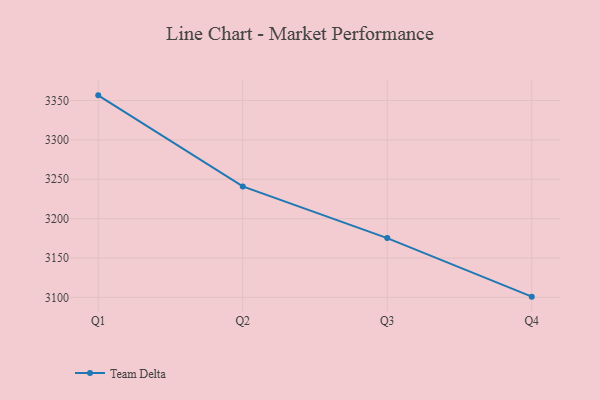
{"axis": {"x": "Quarter", "y": "Humidity (%)"}, "legend": ["Team Delta"], "data": [{"x": "Q1", "y": 3356.5, "type": "Team Delta"}, {"x": "Q2", "y": 3240.8, "type": "Team Delta"}, {"x": "Q3", "y": 3175.3, "type": "Team Delta"}, {"x": "Q4", "y": 3100.9, "type": "Team Delta"}]}